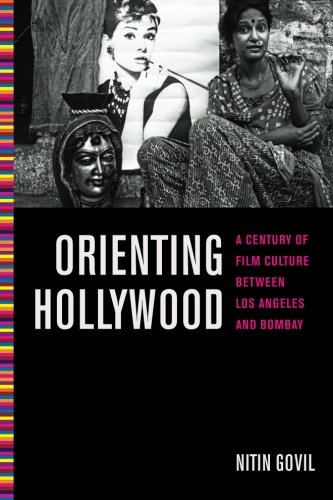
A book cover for Orienting Hollywood: A Century of Film Culture between Los Angeles and Bombay (Critical Cultural Communication); Nitin Govil; Health, Fitness & Dieting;